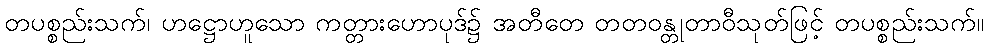
တပစ္စည်းသက်၊ ဟဋ္ဌောဟူသော ကတ္တားဟောပုဒ်၌ အတီတေ တတဝန္တုတာဝီသုတ်ဖြင့် တပစ္စည်းသက်။